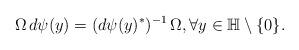
LaTeX: \begin{align*}\Omega \, d\psi(y) = (d\psi(y)^*)^{-1} \, \Omega,\forall y\in \mathbb{H}\setminus \{0\}.\end{align*}